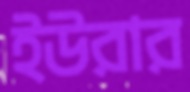
ইউরার